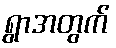
ရွာအတွက်